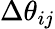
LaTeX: \Delta\theta_{ij}